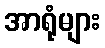
အာရုံများ